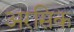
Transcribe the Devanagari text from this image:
अरसिक